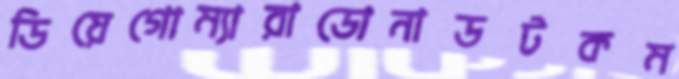
ডিয়েগোম্যারাডোনাডটকম